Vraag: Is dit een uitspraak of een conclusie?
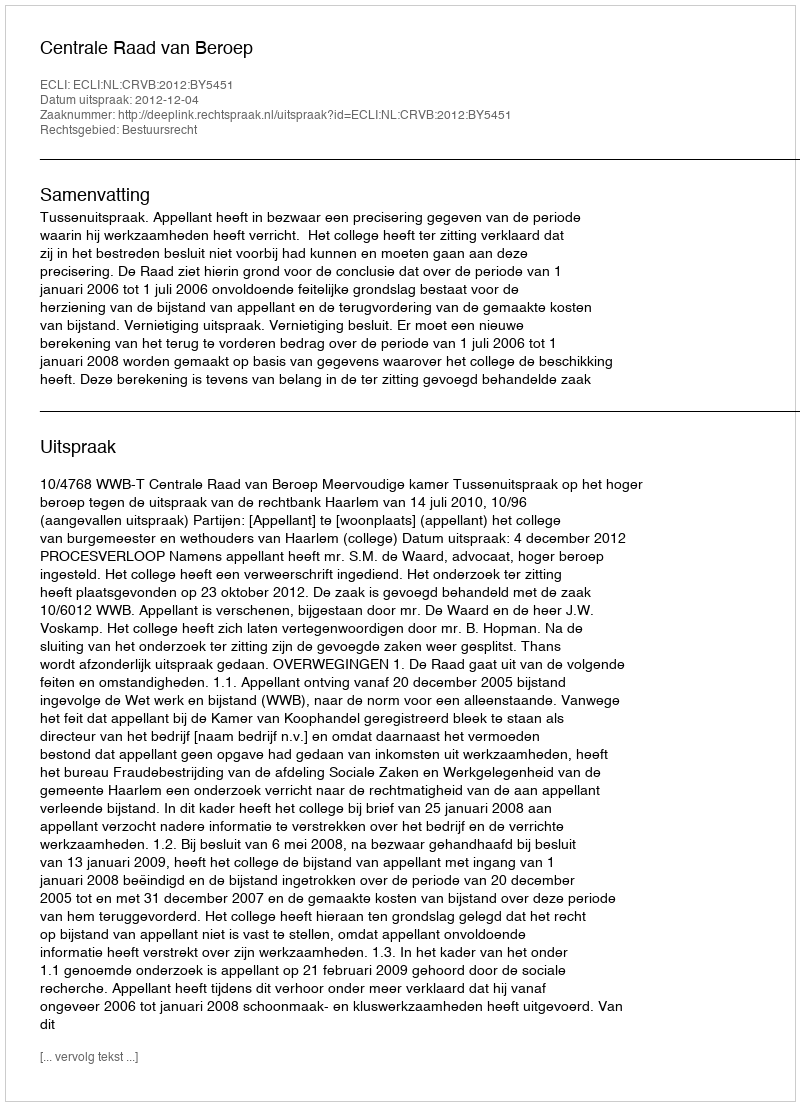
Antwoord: Uitspraak